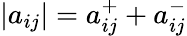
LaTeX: |a_{ij}|=a_{ij}^{+}+a_{ij}^{-}